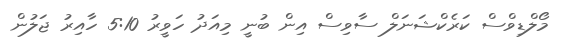
މޯލްޑިވްސް ކަރެކްޝަނަލް ސާވިސް އިން ބުނީ މިއަދު ހަވީރު 5:10 ހާއިރު ޖަލުން